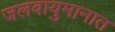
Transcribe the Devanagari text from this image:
जलवायुमानात